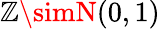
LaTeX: \mathbb{Z}\simN(0,1)